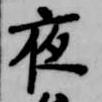
夜